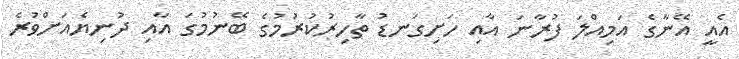
އެއީ އޭނާގެ އަމިއްލަ ފުރާނަ އާއި ހަށިގަނޑު ތާހިރުކުރުމުގެ ބޭނުމުގަ އާއި ދުނިޔެއަށްވުރެ